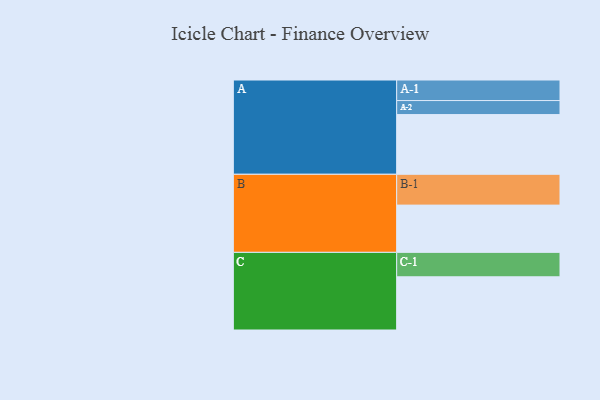
{"axis": {"x": "Segment", "y": "Value"}, "legend": ["", "A", "B", "C"], "data": [{"x": "A", "y": 523, "type": ""}, {"x": "B", "y": 414, "type": ""}, {"x": "C", "y": 466, "type": ""}, {"x": "A-1", "y": 180, "type": "A"}, {"x": "A-2", "y": 123, "type": "A"}, {"x": "B-1", "y": 270, "type": "B"}, {"x": "C-1", "y": 214, "type": "C"}]}